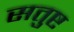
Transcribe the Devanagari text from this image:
सतुष्ट